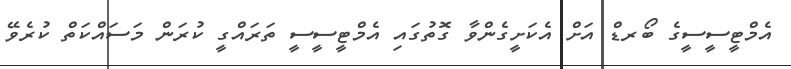
އެމްޓީސީސީގެ ބޯރޑް އަށް އެކަށީގެންވާ ގޮތުގައި އެމްޓީސީސީ ތަރައްގީ ކުރަން މަސައްކަތް ކުރެވޭ